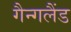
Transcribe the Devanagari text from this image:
गैन्गलैंड